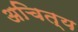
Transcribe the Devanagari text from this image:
अचित्य